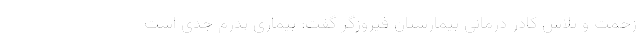
زحمت و تلاش کادر درمانی بیمارستان فیروزگر گفت: بیماری پدرم جدی است